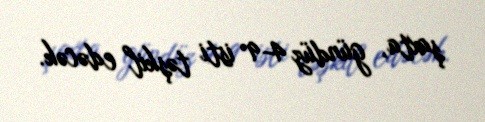
şaxta, gündüz 4-9° isti təşkil edəcək.